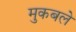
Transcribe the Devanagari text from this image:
मुकबले